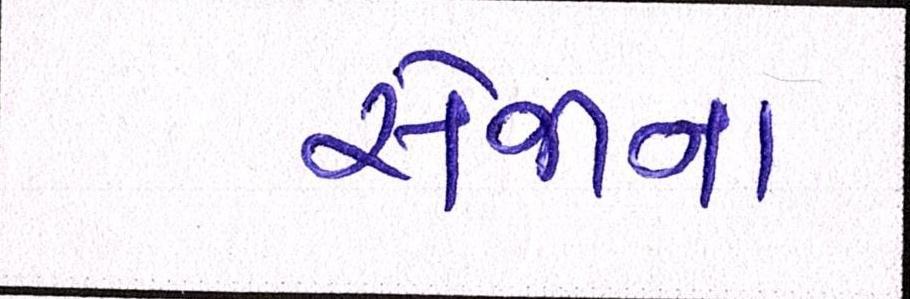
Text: સેજાના